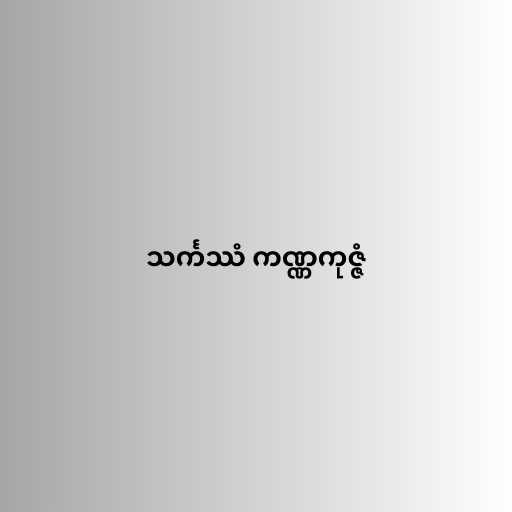
သင်္ကဿံ ကဏ္ဏကုဇ္ဇံ